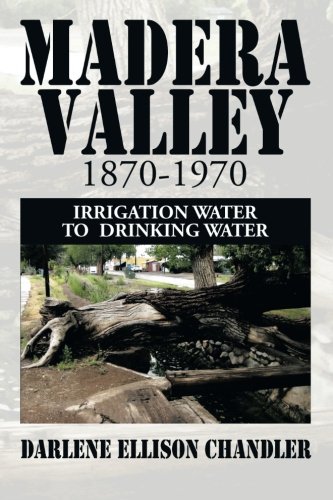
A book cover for Madera Valley 1870-1970; Darlene Ellison Chandler; Science & Math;